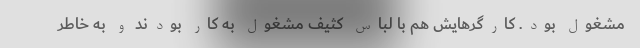
مشغول بود. کارگرهایش هم با لباس کثیف مشغول به کار بودند و به خاطر